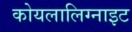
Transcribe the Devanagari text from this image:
कोयलालिग्नाइट